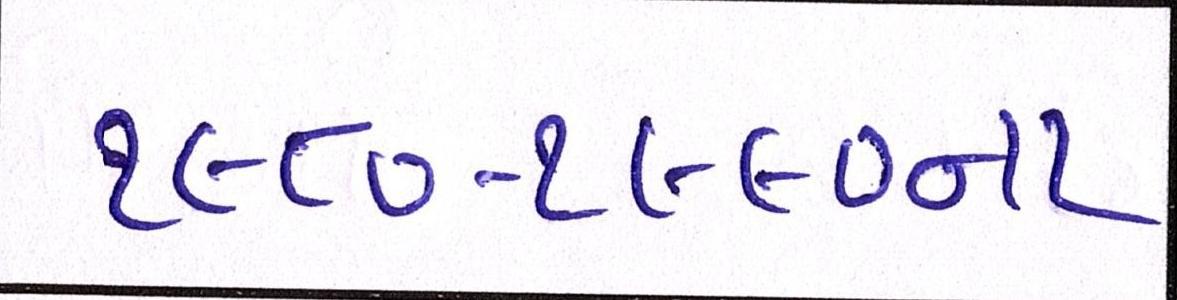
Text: ૧૯૮૦-૧૯૯૦ના